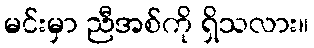
မင်းမှာ ညီအစ်ကို ရှိသလား။